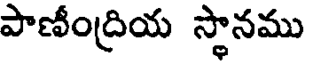
పాణీంద్రియ స్థానము